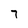
Character: 7